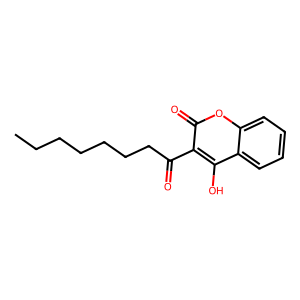
SMILES: CCCCCCCC(=O)c1c(O)c2ccccc2oc1=O
Inhibits HIV replication: No